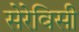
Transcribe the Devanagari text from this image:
सेरेविसी